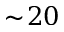
\sim \! 2 0